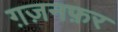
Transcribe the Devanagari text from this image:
ग़ज़नफ़र